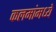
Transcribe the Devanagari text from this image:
कलमांमध्ये